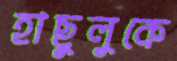
হাছুলুকে